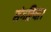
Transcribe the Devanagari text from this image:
संगरिया।